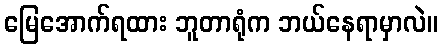
မြေအောက်ရထား ဘူတာရုံက ဘယ်နေရာမှာလဲ။